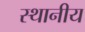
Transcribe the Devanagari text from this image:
स्थानीय